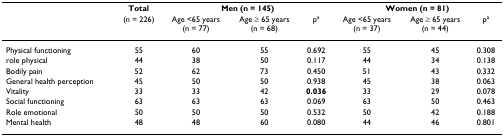
<table><thead><tr><td></td><td><b>Total</b></td><td colspan="3"><b>Men (n = 145)</b></td><td colspan="3"><b>Women (n = 81)</b></td></tr><tr><td></td><td><b>(n = 226)</b></td><td><b>Age &lt;65 years (n = 77)</b></td><td><b>Age ≥ 65 years (n = 68)</b></td><td><b>p<sup>a</sup></b></td><td><b>Age &lt;65 years (n = 37)</b></td><td><b>Age ≥ 65 years (n = 44)</b></td><td><b>p<sup>a</sup></b></td></tr></thead><tbody><tr><td>Physical functioning</td><td>55</td><td>60</td><td>55</td><td>0.692</td><td>55</td><td>45</td><td>0.308</td></tr><tr><td>role physical</td><td>44</td><td>38</td><td>50</td><td>0.117</td><td>44</td><td>34</td><td>0.138</td></tr><tr><td>Bodily pain</td><td>52</td><td>62</td><td>73</td><td>0.450</td><td>51</td><td>43</td><td>0.332</td></tr><tr><td>General health perception</td><td>45</td><td>50</td><td>50</td><td>0.938</td><td>45</td><td>38</td><td>0.063</td></tr><tr><td>Vitality</td><td>33</td><td>33</td><td>42</td><td><b>0.036</b></td><td>33</td><td>29</td><td>0.078</td></tr><tr><td>Social functioning</td><td>63</td><td>63</td><td>63</td><td>0.069</td><td>63</td><td>50</td><td>0.463</td></tr><tr><td>Role emotional</td><td>50</td><td>50</td><td>50</td><td>0.532</td><td>50</td><td>42</td><td>0.188</td></tr><tr><td>Mental health</td><td>48</td><td>48</td><td>60</td><td>0.080</td><td>44</td><td>46</td><td>0.801</td></tr></tbody></table>